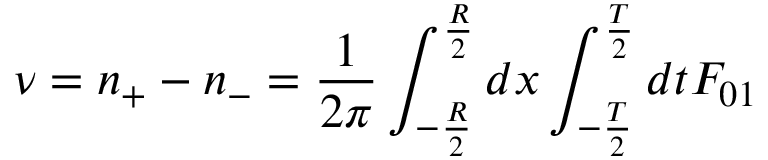
\nu = n _ { + } - n _ { - } = { \frac { 1 } { 2 \pi } } \int _ { - { \frac { R } { 2 } } } ^ { { \frac { R } { 2 } } } d x \int _ { - { \frac { T } { 2 } } } ^ { { \frac { T } { 2 } } } d t F _ { 0 1 }